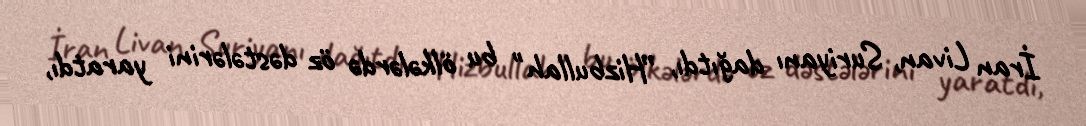
İran Livan, Suriyanı dağıtdı, ”Hizbullah" bu ölkələrdə öz dəstələrini yaratdı,